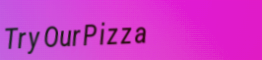
TryOurPizza